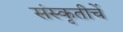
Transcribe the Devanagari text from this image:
संस्कृतीचें